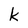
Character: k